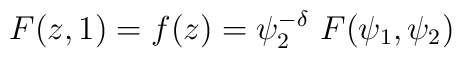
F(z,1) = f(z)= \psi_{2}^{-\delta}~F(\psi_{1},\psi_{2})